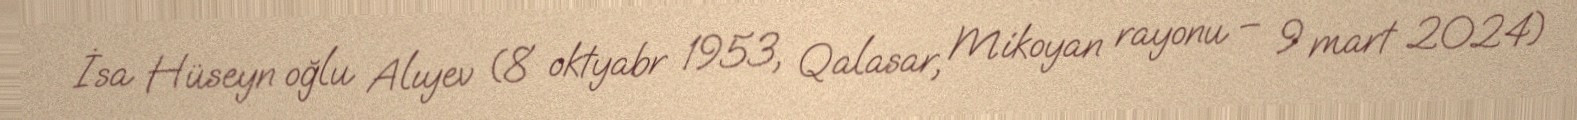
İsa Hüseyn oğlu Alıyev (8 oktyabr 1953, Qalasar, Mikoyan rayonu – 9 mart 2024)